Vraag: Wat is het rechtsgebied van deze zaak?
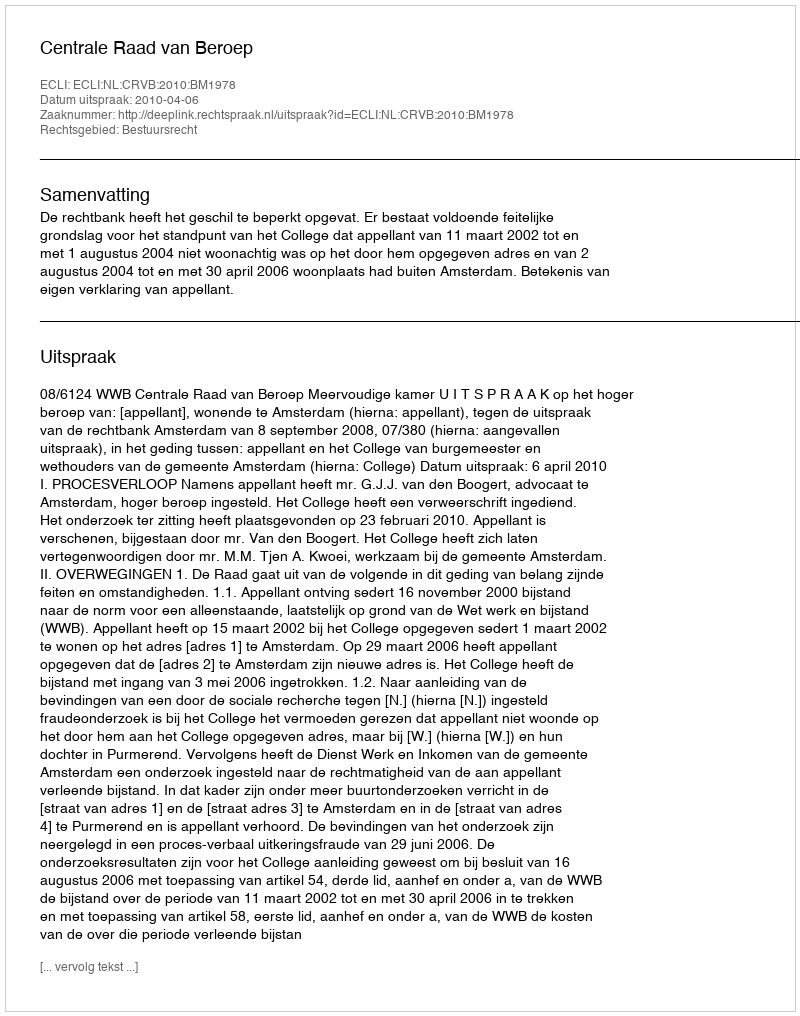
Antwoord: Bestuursrecht